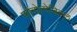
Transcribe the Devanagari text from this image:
फोनोलोजिकल